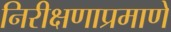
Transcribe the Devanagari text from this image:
निरीक्षणाप्रमाणे